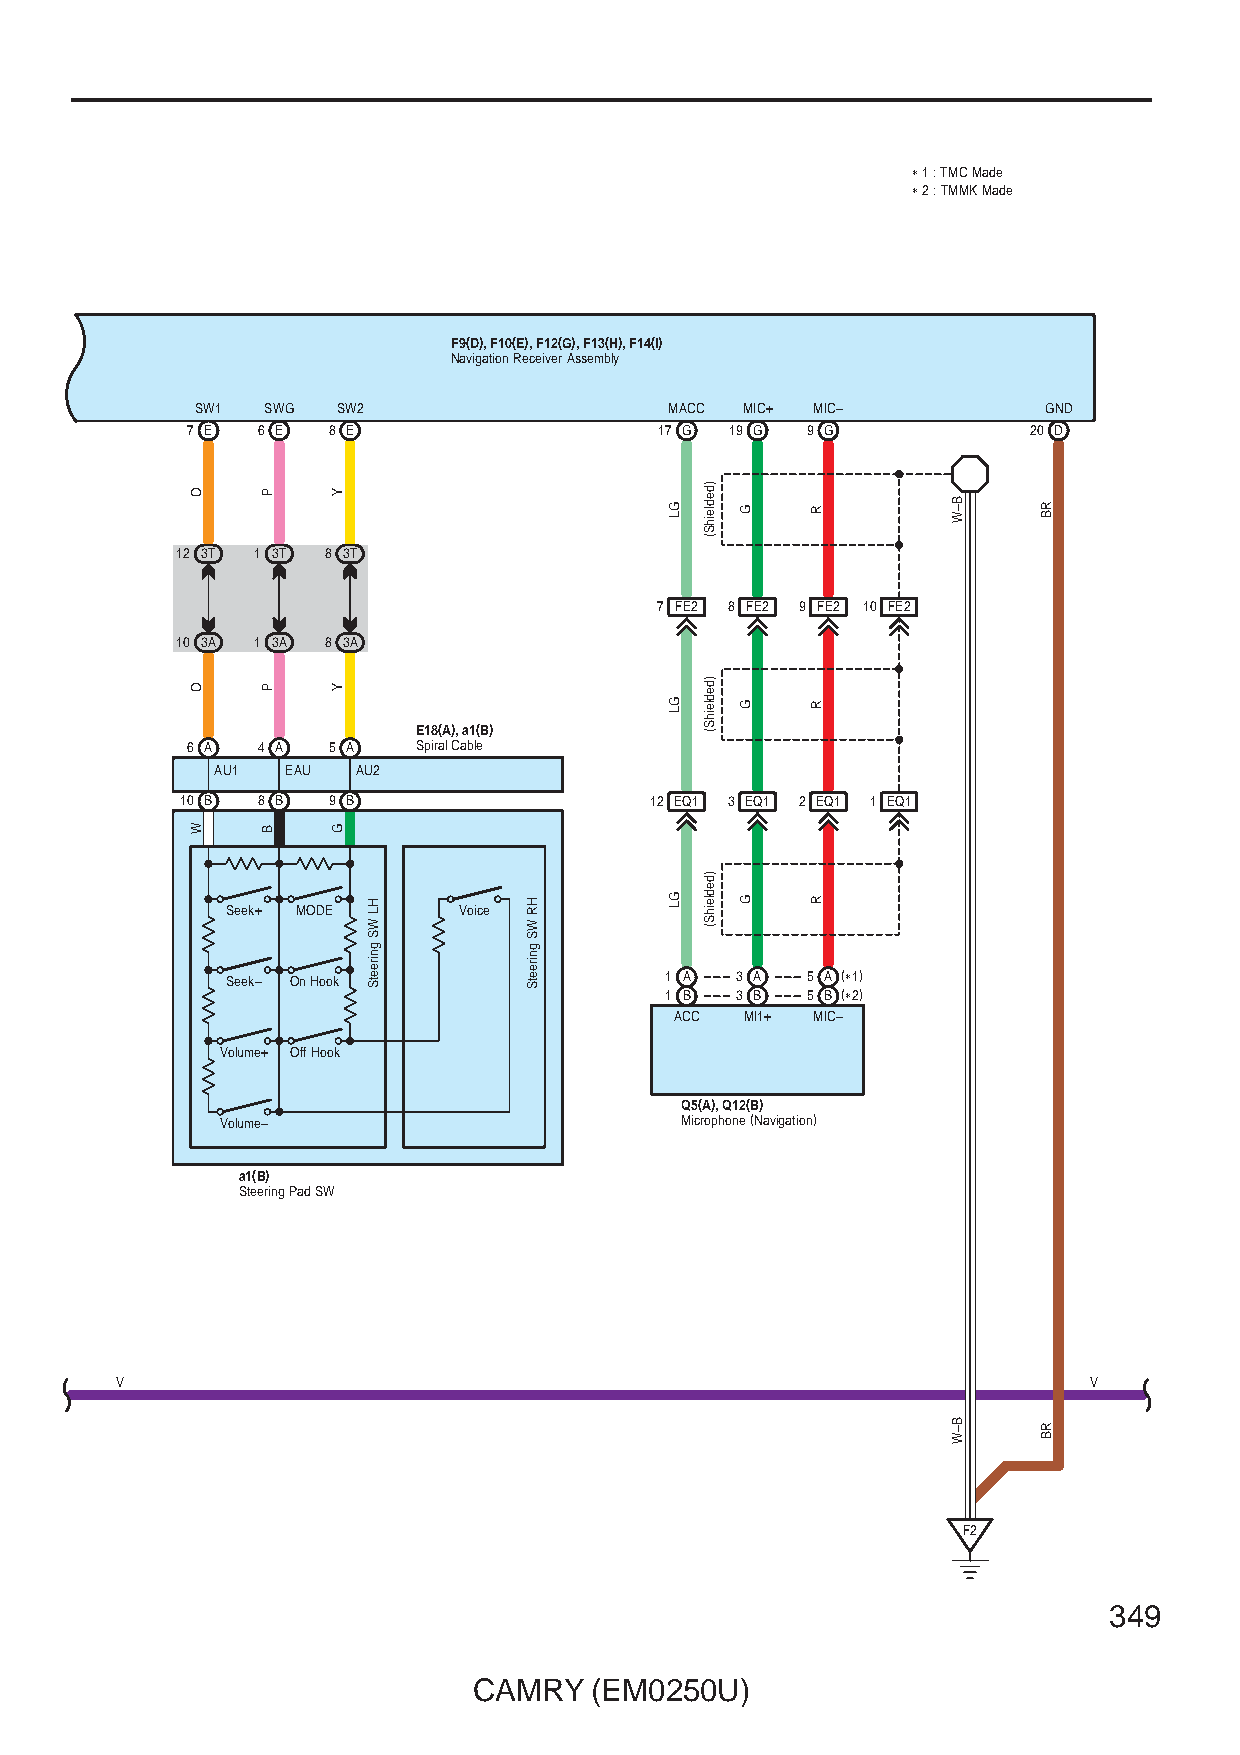
∗ 1 : TMC Made
 ∗ 2 : TMMK Made
 F9(D), F10(E), F12(G), F13(H), F14(I)
 Navigation Receiver Assembly
 SW1 SWG  SW2                   MACC MIC+ MIC–           GND
 7 E  6 E  8 E                   17 G 19 G 9 G           20 D
 12 3T 1 3T 8 3T
 7 FE2 8 FE2 9 FE2 10 FE2
 10 3A 1 3A 8 3A
 E18(A), a1(B)
 6 A  4 A  5 A   Spiral Cable
 AU1  EAU  AU2
 10 B 8 B  9 B                  12 EQ1 3 EQ1 2 EQ1 1 EQ1
 Seek+ MODE     Voice
 Seek– On Hook                1 A  3 A 5 A (∗1)
 1 B  3 B 5 B (∗2)
 ACC MI1+ MIC–
 Volume+ Off Hook
 Q5(A), Q12(B)
 Volume–                       Microphone (Navigation)
 a1(B)
 Steering Pad SW
 V                                                               V
 F2
 349
 CAMRY   (EM0250U)
 O
 O
 W
 P
 P
 B
 Y
 Y
 G
 HL
 WS
 gnireetS
 HR
 WS
 gnireetS
 GL
 GL
 GL
 )dedleihS(
 )dedleihS(
 )dedleihS(
 G
 G
 G
 R
 R
 R
 B–W
 B–W
 RB
 RB